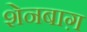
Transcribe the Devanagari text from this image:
शेनबाग़